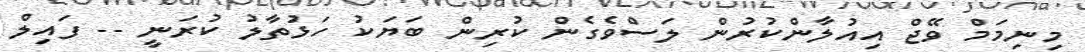
މިނިމަމް ވޭޖް އިއުލާންކުރުން ލަސްވެގެން ކުރިން ބަޔަކު ހަޅުތާލު ކުރަނީ -- ފައިލް